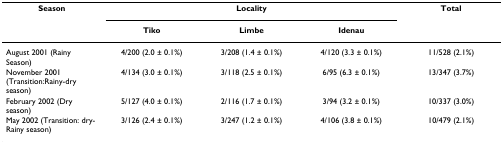
<table><thead><tr><td><b>Season</b></td><td colspan="3"><b>Locality</b></td><td><b>Total</b></td></tr><tr><td></td><td><b>Tiko</b></td><td><b>Limbe</b></td><td><b>Idenau</b></td><td></td></tr></thead><tbody><tr><td>August 2001 (Rainy Season)</td><td>4/200 (2.0 ± 0.1%)</td><td>3/208 (1.4 ± 0.1%)</td><td>4/120 (3.3 ± 0.1%)</td><td>11/528 (2.1%)</td></tr><tr><td>November 2001 (Transition:Rainy-dry season)</td><td>4/134 (3.0 ± 0.1%)</td><td>3/118 (2.5 ± 0.1%)</td><td>6/95 (6.3 ± 0.1%)</td><td>13/347 (3.7%)</td></tr><tr><td>February 2002 (Dry season)</td><td>5/127 (4.0 ± 0.1%)</td><td>2/116 (1.7 ± 0.1%)</td><td>3/94 (3.2 ± 0.1%)</td><td>10/337 (3.0%)</td></tr><tr><td>May 2002 (Transition: dry-Rainy season)</td><td>3/126 (2.4 ± 0.1%)</td><td>3/247 (1.2 ± 0.1%)</td><td>4/106 (3.8 ± 0.1%)</td><td>10/479 (2.1%)</td></tr></tbody></table>